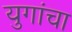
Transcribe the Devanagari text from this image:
युगांचा